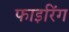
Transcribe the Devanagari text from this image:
फाइरिंग